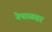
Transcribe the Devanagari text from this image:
नेपाळवर